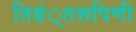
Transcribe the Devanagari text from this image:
तिङं्तरूपिणी